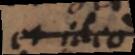
et ideo